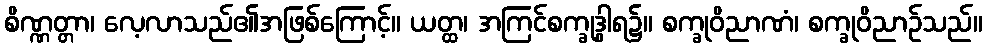
စိဏ္ဏတ္တာ၊ လေ့လာသည်၏အဖြစ်ကြောင့်။ ယတ္ထ၊ အကြင်စက္ခုဒွါရ၌။ စက္ခုဝိညာဏံ၊ စက္ခုဝိညာဉ်သည်။